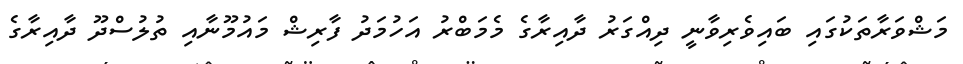
މަޝްވަރާތަކުގައި ބައިވެރިވާނީ ދިއްގަރު ދާއިރާގެ މެމަބްރު އަހުމަދު ފާރިޝް މައުމޫނާއި ތުލުސްދޫ ދާއިރާގެ